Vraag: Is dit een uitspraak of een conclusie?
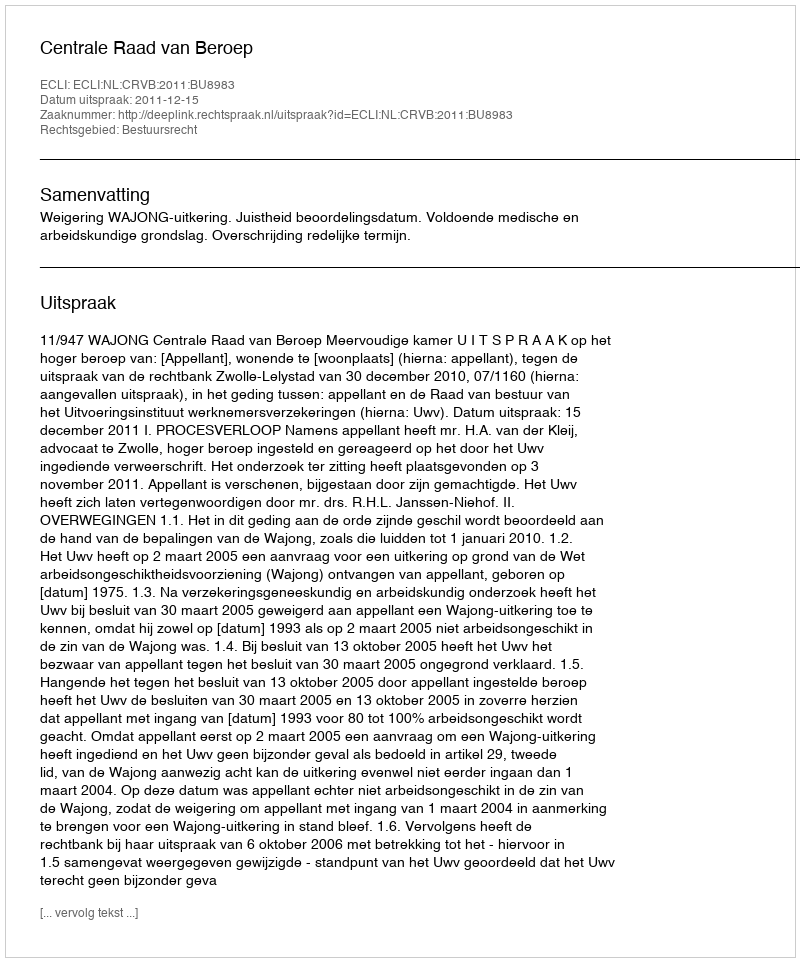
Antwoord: Uitspraak